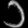
Digit: ၁